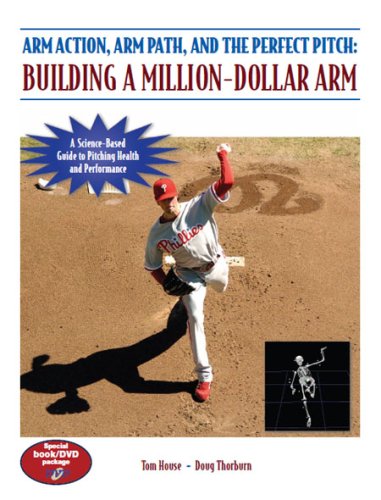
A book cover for Arm Action, Arm Path, and the Perfect Pitch: Building a Million-Dollar Arm; Tom House; Sports & Outdoors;